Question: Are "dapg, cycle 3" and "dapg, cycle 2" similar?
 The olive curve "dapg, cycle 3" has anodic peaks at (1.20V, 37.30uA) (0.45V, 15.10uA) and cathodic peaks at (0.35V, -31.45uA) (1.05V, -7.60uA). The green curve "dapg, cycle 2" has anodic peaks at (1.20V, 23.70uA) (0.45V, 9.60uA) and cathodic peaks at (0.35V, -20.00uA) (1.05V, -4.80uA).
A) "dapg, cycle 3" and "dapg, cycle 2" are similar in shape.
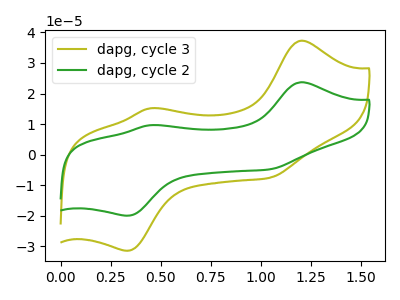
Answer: <think>All the peaks in "dapg, cycle 3" have a peak in "dapg, cycle 2" at the same potential. Every peak in "dapg, cycle 3" is higher than every peak in "dapg, cycle 2".
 </think>
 <answer>A) "dapg, cycle 3" and "dapg, cycle 2" are similar in shape.</answer>
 <eval>A</eval>